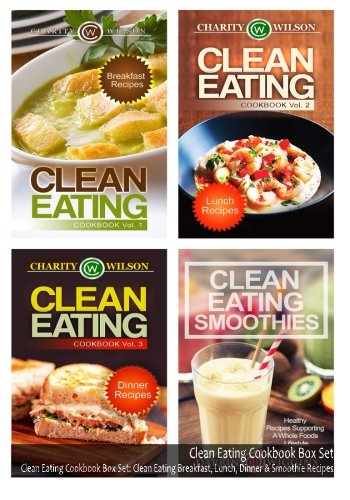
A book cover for Clean Eating Cookbook Box Set: Clean Eating Breakfast, Lunch, Dinner & Smoothie Recipes; Charity Wilson; Cookbooks, Food & Wine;